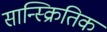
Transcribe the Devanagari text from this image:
सान्स्क्रितिक